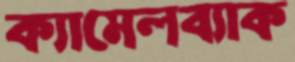
ক্যামেলব্যাক